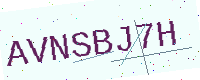
Text: AVNSBJ7H